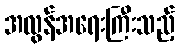
အလွန်အရေးကြီးသည့်